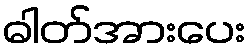
ဓါတ်အားပေး